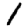
Digit: 1